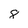
Character: 8